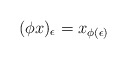
\begin{align*}(\phi x)_\epsilon = x_{\phi(\epsilon)}\end{align*}